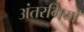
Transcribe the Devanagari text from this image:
अंतरगियों